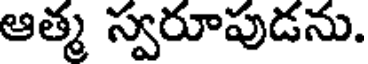
ఆత్మ స్వరూపుడను.